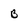
Character: B